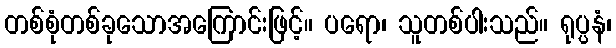
တစ်စုံတစ်ခုသောအကြောင်းဖြင့်။ ပရော၊ သူတစ်ပါးသည်။ ရုပ္ပနံ၊